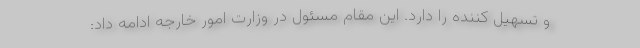
و تسهیل کننده را دارد. این مقام مسئول در وزارت امور خارجه ادامه داد: